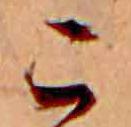
こ